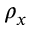
\rho _ { x }